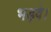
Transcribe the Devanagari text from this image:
भड़वे।